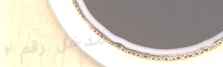
مدخل رقم ٢